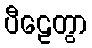
ပီဠေတွာ